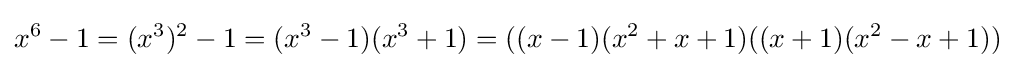
x^{6}-1=(x^{3})^{2}-1=(x^{3}-1)(x^{3}+1)=((x-1)(x^{2}+x+1)((x+1)(x^{2}-x+1))